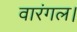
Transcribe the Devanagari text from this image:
वारंगल।